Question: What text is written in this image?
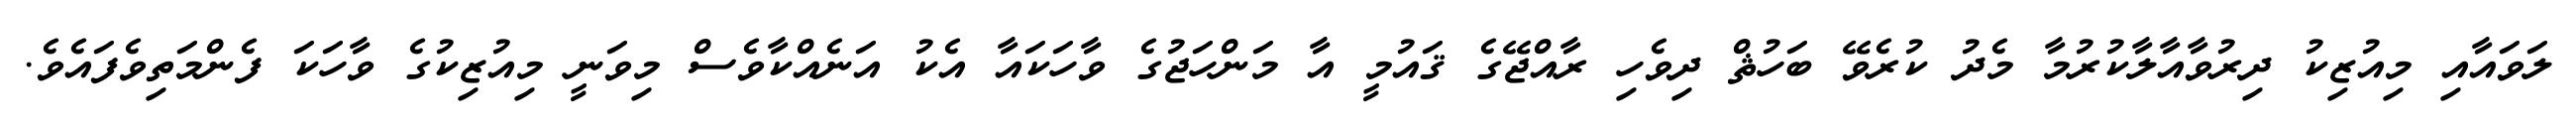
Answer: ލަވައާއި މިއުޒިކު ދިރުވާއާލާކުރުމާ މެދު ކުރެވޭ ބަހުޘް ދިވެހި ރާއްޖޭގެ ޤައުމީ އާ މަންހަޖުގެ ވާހަކައާ އެކު އަނެއްކާވެސް މިވަނީ މިއުޒިކުގެ ވާހަކަ ފެންމަތިވެފައެވެ.